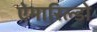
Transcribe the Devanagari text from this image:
ऐमारिल्डो